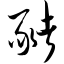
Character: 猪